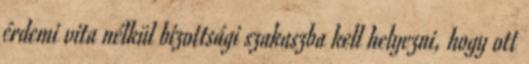
érdemi vita nélkül bizottsági szakaszba kell helyezni, hogy ott